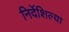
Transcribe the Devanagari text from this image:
निर्देशिल्या